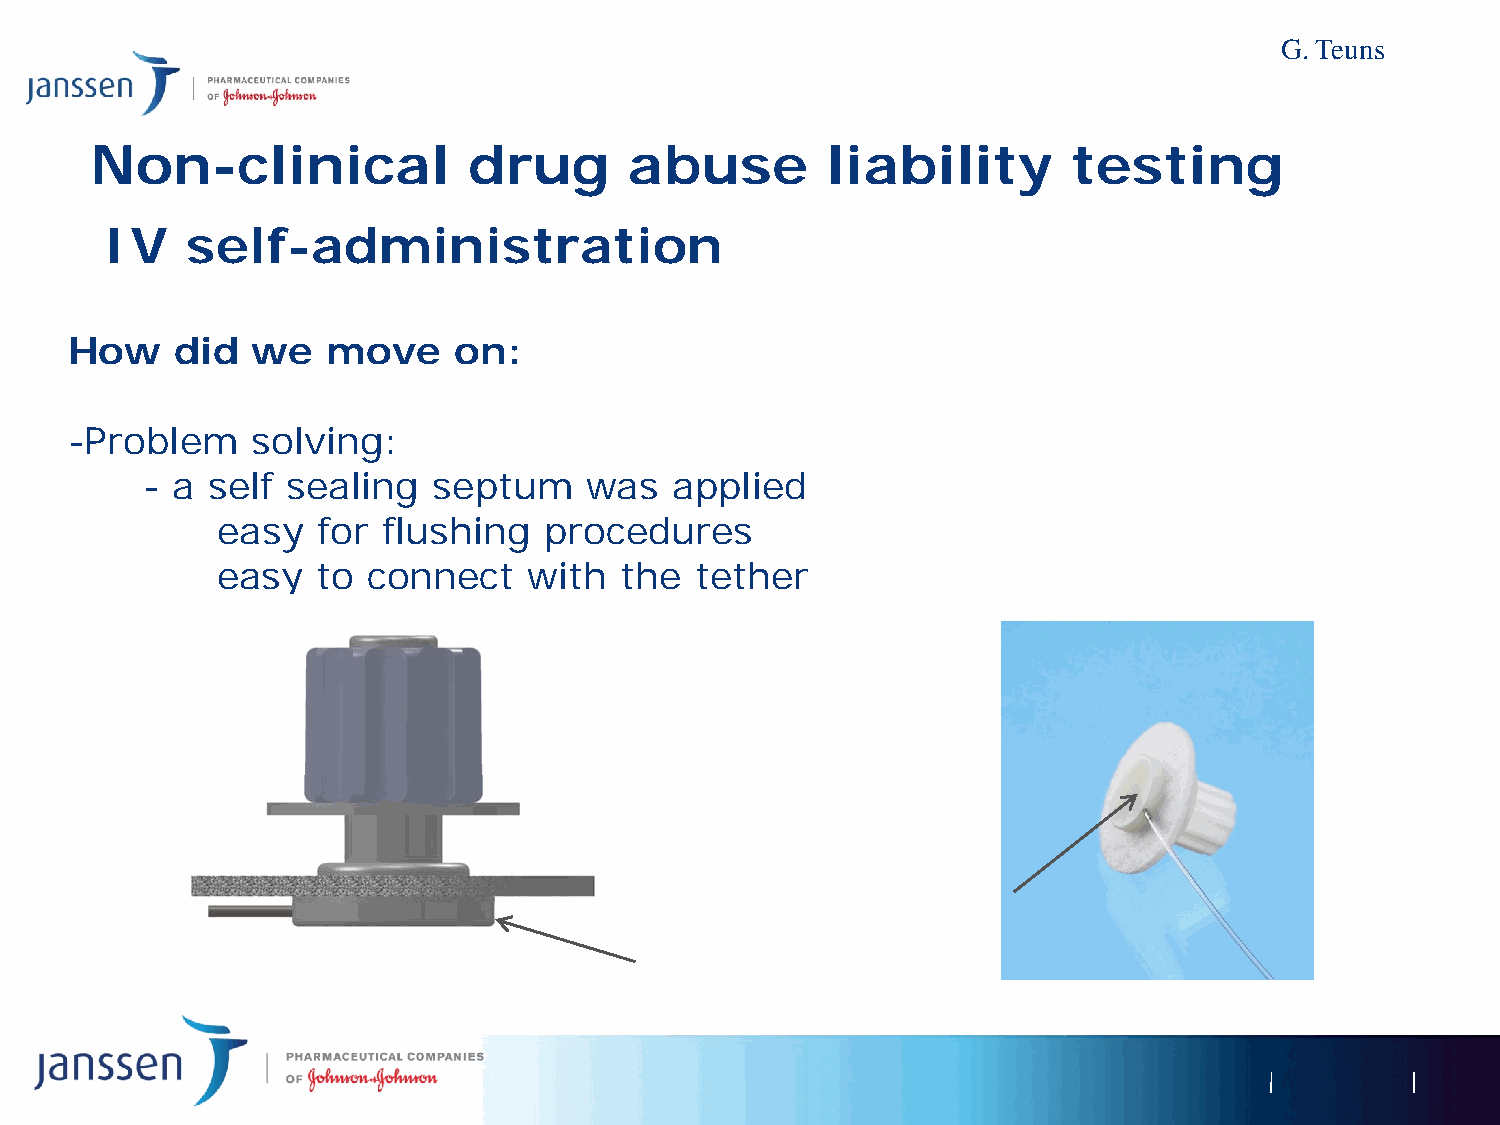
G. Teuns
 Non-clinical             drug       abuse        liability       testing
 IV   self-administration
 How    did   we   move    on:
 -Problem     solving:
 - a  self sealing   septum    was  applied
 easy   for flushing   procedures
 easy   to connect    with  the  tether